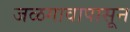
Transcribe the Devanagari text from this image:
जळगावापासून